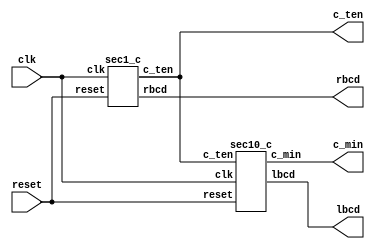
//-------------------------------------------------------------------
// Design Name	: Seconds counter for clock
// Function		: Seconds Counter for digital clock
// Coder		: Ralph Carestia
//-------------------------------------------------------------------


// Top level Structural design..
module sec_clk(
	input wire reset,
	input wire clk,
	output wire c_ten,c_min,
	output wire [3:0] rbcd,lbcd );
	
/************************************************
// Ralph Carestia   -   Verilog PLD Design
	Here is the top level Structural design..
************************************************/
	sec1_c u1 (
		.reset(reset),
		.clk (clk),
		.rbcd (rbcd),
		.c_ten (c_ten));

	sec10_c u2 (
		.reset(reset),
		.c_ten(c_ten),
		.clk(clk),
		.lbcd(lbcd),
		.c_min(c_min));
endmodule
//-------------------------------------------------------------------
// Design Name	: Second  ones counter for clock
// Function	: Ones digit for Seconds Counter 
// Coder		: Ralph Carestia
//-------------------------------------------------------------------
//	Here is a model for a one's counter..
module sec1_c(
	input	wire	reset,
	input	wire	clk,
	output	wire	c_ten,
	output	reg	[3:0] rbcd );

	parameter	scount=4'b0000;

	always @ (negedge reset or posedge clk)
	begin
		if (~reset)
			rbcd=scount; 		
		else if (rbcd < 4'b1001)
			rbcd = rbcd + 1;	 
		else	
			rbcd =0;			
	end
 	assign c_ten = (rbcd == 4'b1001);
endmodule

//-------------------------------------------------------------------
// Design Name	: Second  tens counter for clock
// Function	: Tens digit for Seconds Counter 
// Coder		: Ralph Carestia
//-------------------------------------------------------------------
//	Here is a model for the ten's counter..
module sec10_c (
	input wire reset,c_ten,
	input wire clk,
	output wire c_min,
	output reg [3:0] lbcd );
	parameter	scount=4'b0000;

	always @ (negedge reset or posedge clk)
		begin
			if (! reset)
				lbcd=scount;
			else
			case (c_ten) 
				1'b0:	begin
						lbcd = lbcd;
					end
				1'b1:	begin
					if (lbcd < 4'b0101)
						lbcd = lbcd + 1;	 
					else
						lbcd =0;
					end
				default: lbcd = lbcd;
			endcase
		end	
   assign c_min = (lbcd == 4'b0101) &  c_ten;
endmodule